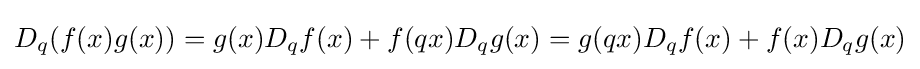
\displaystyle D_{q}(f(x)g(x))=g(x)D_{q}f(x)+f(qx)D_{q}g(x)=g(qx)D_{q}f(x)+f(x)D_{q}g(x)